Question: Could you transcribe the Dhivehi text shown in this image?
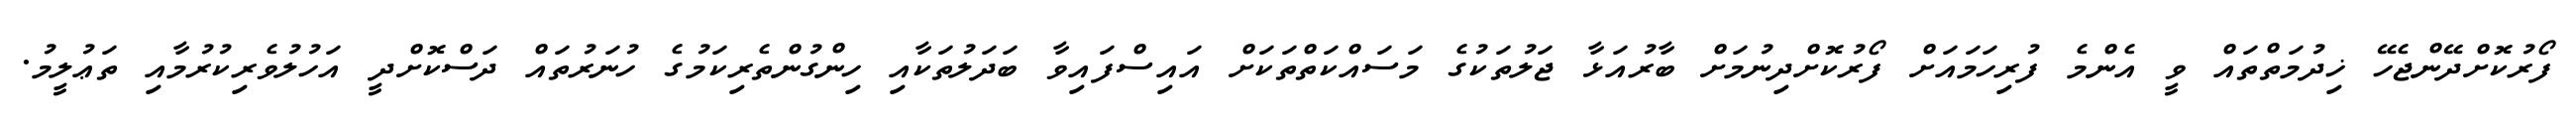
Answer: ފޯރުކޮށްދޭންޖެހޭ ޚިދުމަތްތައް ވީ އެންމެ ފުރިހަމައަށް ފޯރުކޮށްދިނުމަށް ބާރުއަޅާ ޖަލުތަކުގެ މަސައްކަތްތަކަށް އައިސްފައިވާ ބަދަލުތަކާއި ހިންގުންތެރިކަމުގެ ހުނަރުތައް ދަސްކޮށްދީ އަހުލުވެރިކުރުމާއި ތަޢުލީމު.